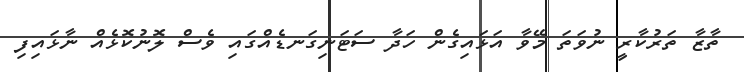
ތާޒާ ތަރުކާރީ ނުވަތަ މޭވާ އަޅައިގެން ހަދާ ސަޓަނިގަނޑެއްގައި ވެސް ލޮނުކޮޅެއް ނާޅައިފި